Scottish Leaving Certificate Examination, 1961
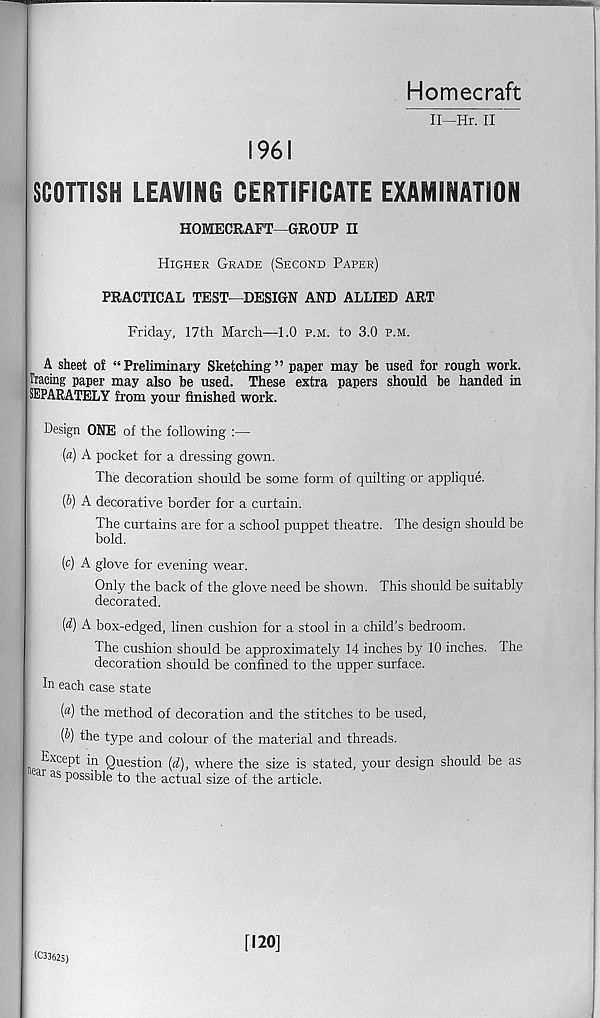
Homecraft
II—Hr. II
1961
SCOTTISH LEAVING CERTIFICATE EXAMINATION
HOMECRAFT—GROUP H
Higher Grade (Second Paper)
PRACTICAL TEST—DESIGN AND ALLIED ART
Friday, 17th March—1.0 p.m. to 3.0 p.m.
A sheet of “Preliminary Sketching” paper may he used for rough work.
Tracing paper may also be used. These extra papers should be handed in
SEPARATELY from your finished work.
Design ONE of the following :—
(a) A pocket for a dressing gown.
The decoration should be some form of quilting or applique.
(b) A decorative border for a curtain.
The curtains are for a school puppet theatre. The design should be
bold.
(c) A glove for evening wear.
Only the back of the glove need be shown. This should be suitably
decorated.
{d) A box-edged, linen cushion for a stool in a child’s bedroom.
The cushion should be approximately 14 inches by 10 inches. The
decoration should be confined to the upper surface.
In each case state
(«) the method of decoration and the stitches to be used,
(b) the type and colour of the material and threads.
Except in Question (d), where the size is stated, your design should be as
ai as possible to the actual size of the article.
(C3362S)
[120]